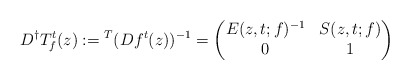
\begin{align*}D^{\dag}T_{f}^{t}(z):={}^{T}(Df^{t}(z))^{-1}=\begin{pmatrix}E(z,t;f)^{-1} & S(z,t;f)\\0 & 1\end{pmatrix}\end{align*}